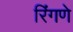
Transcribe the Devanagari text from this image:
रिंगणे